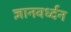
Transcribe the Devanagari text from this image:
ज्ञानवर्ध्दन